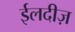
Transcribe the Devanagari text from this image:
ईलदीज़